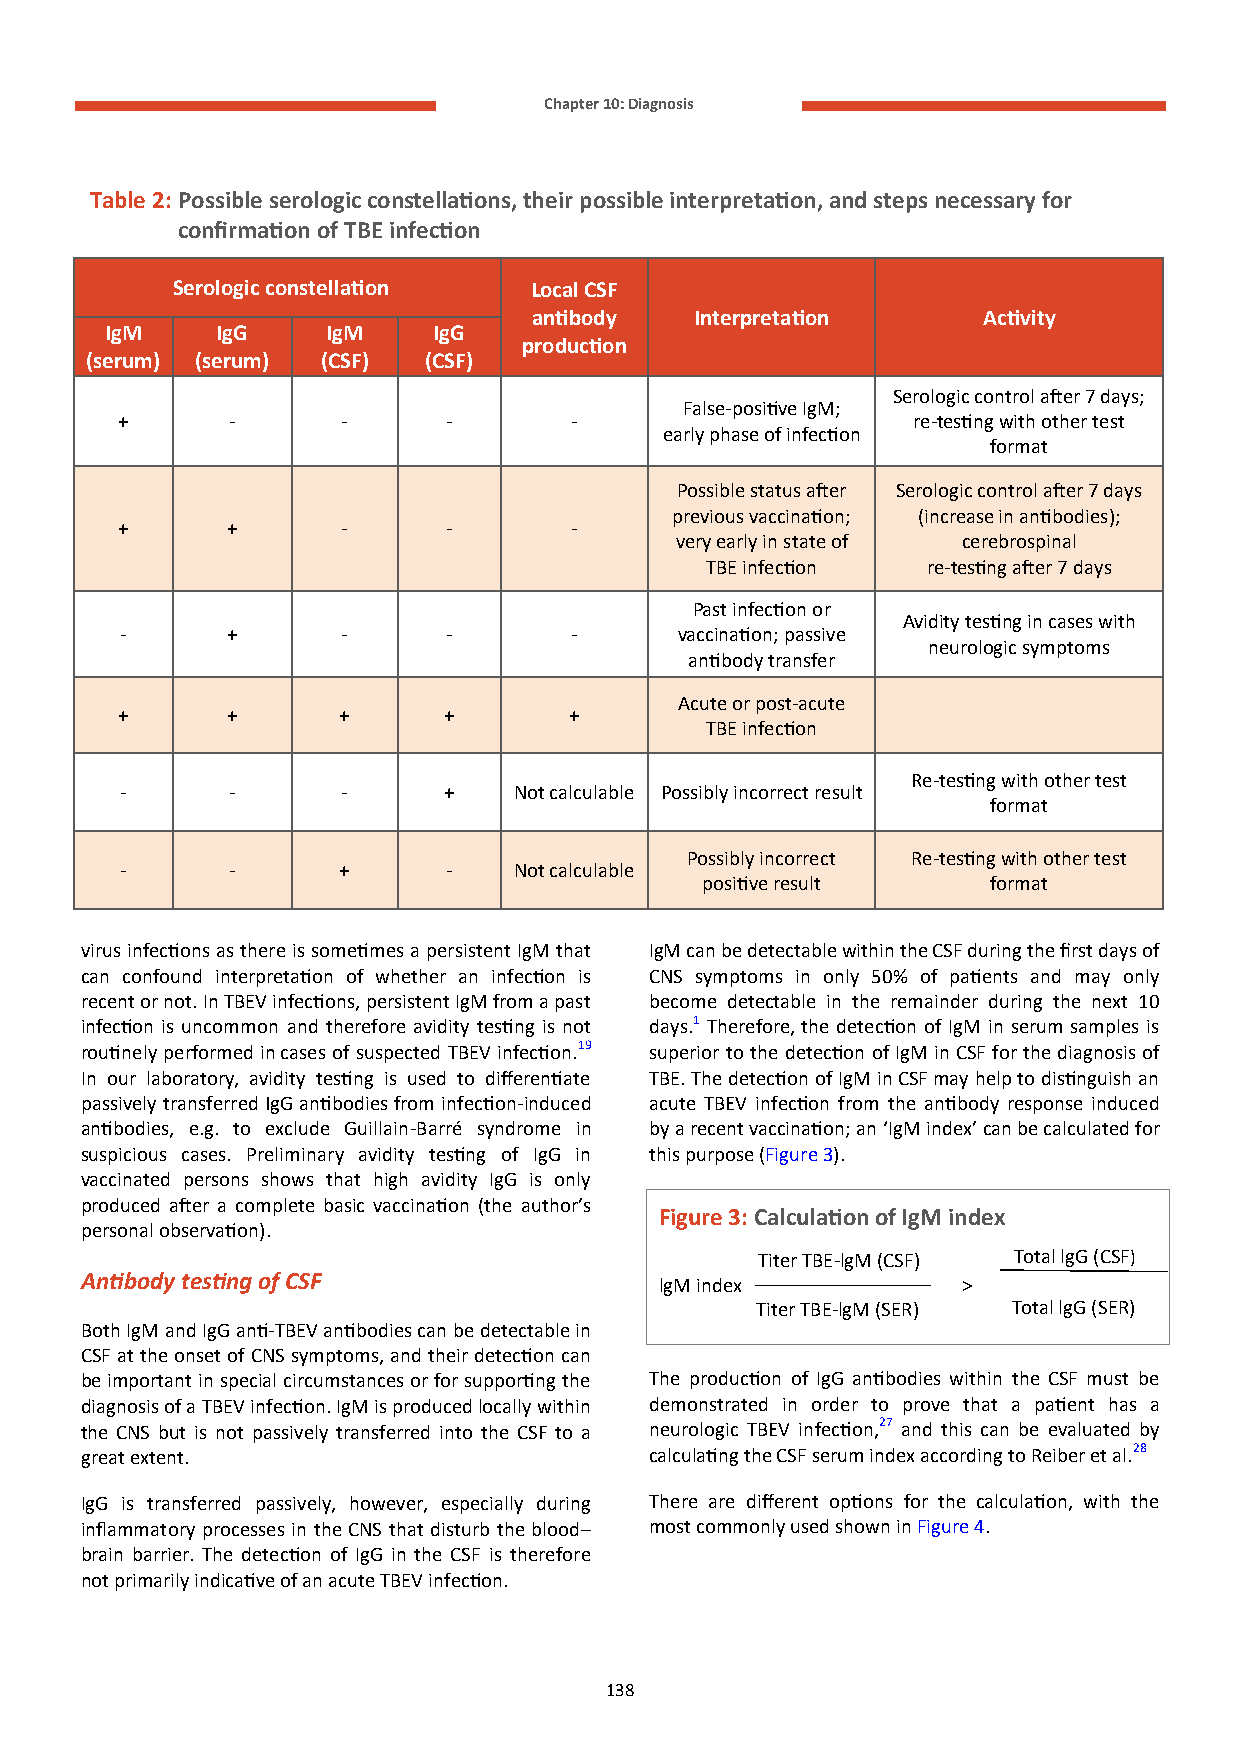
Chapter 10: Diagnosis
 Table 2: Possible serologic constellations, their possible interpretation, and steps necessary for
 confirmation of TBE infection
 Serologic constellation Local CSF
 antibody   Interpretation     Activity
 IgM    IgG     IgM    IgG
 production
 (serum) (serum) (CSF) (CSF)
 Serologic control after 7 days;
 False-positive IgM;
 +      -       -      -       -                     re-testing with other test
 early phase of infection
 format
 Possible status after Serologic control after 7 days
 previous vaccination; (increase in antibodies);
 +      +       -      -       -
 very early in state of cerebrospinal
 TBE infection re-testing after 7 days
 Past infection or
 Avidity testing in cases with
 -      +       -      -       -      vaccination; passive
 neurologic symptoms
 antibody transfer
 Acute or post-acute
 +      +      +      +        +
 TBE infection
 Re-testing with other test
 -      -       -     +    Not calculable Possibly incorrect result
 format
 Possibly incorrect Re-testing with other test
 -      -      +       -   Not calculable
 positive result     format
 virus infections as there is sometimes a persistent IgM that IgM can be detectable within the CSF during the first days of
 can confound interpretation of whether an infection is CNS symptoms in only 50% of patients and may only
 recent or not. In TBEV infections, persistent IgM from a past become detectable in the remainder during the next 10
 infection is uncommon and therefore avidity testing is not days.1 Therefore, the detection of IgM in serum samples is
 routinely performed in cases of suspected TBEV infection.19 superior to the detection of IgM in CSF for the diagnosis of
 In our laboratory, avidity testing is used to differentiate TBE. The detection of IgM in CSF may help to distinguish an
 passively transferred IgG antibodies from infection-induced acute TBEV infection from the antibody response induced
 antibodies, e.g. to exclude Guillain-Barré syndrome in by a recent vaccination; an ‘IgM index’ can be calculated for
 suspicious cases. Preliminary avidity testing of IgG in this purpose (Figure 3).
 vaccinated persons shows that high avidity IgG is only
 produced after a complete basic vaccination (the author’s
 Figure 3: Calculation of IgM index
 personal observation).
 Titer TBE-lgM (CSF) Total lgG (CSF)
 Antibody testing of CSF                lgM index           >
 Titer TBE-lgM (SER) Total lgG (SER)
 Both IgM and IgG anti-TBEV antibodies can be detectable in
 CSF at the onset of CNS symptoms, and their detection can
 be important in special circumstances or for supporting the The production of IgG antibodies within the CSF must be
 diagnosis of a TBEV infection. IgM is produced locally within demonstrated in order to prove that a patient has a
 the CNS but is not passively transferred into the CSF to a neurologic TBEV infection,27 and this can be evaluated by
 great extent.                         calculating the CSF serum index according to Reiber et al.28
 IgG is transferred passively, however, especially during There are different options for the calculation, with the
 inflammatory processes in the CNS that disturb the blood– most commonly used shown in Figure 4.
 brain barrier. The detection of IgG in the CSF is therefore
 not primarily indicative of an acute TBEV infection.
 138